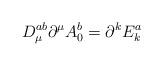
LaTeX: \begin{align*}D_\mu ^{ab}\partial ^\mu A_0^b=\partial ^kE_k^a\end{align*}